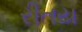
રીતય